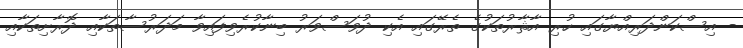
- އިސްކަންދަރިއްޔާގައި ހުރި އާޘާރުތަކުގެ ތެރޭގައި އެކި ދުވަސްވަރު ބިނާކުރެވިފައިވާ މަދަރުސާތަކާއި ދޮރާށިތަކާއި